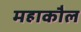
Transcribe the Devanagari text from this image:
महाकौल